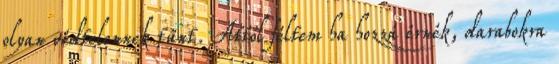
olyan védtelennek tűnt. Attól féltem ha hozzá érnék, darabokra